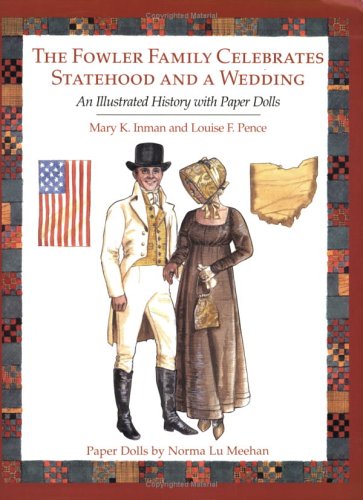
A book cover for The Fowler Family Celebrates Statehood and a Wedding: An Illustrated History with Paper Dolls; Mary K. Inman; Crafts, Hobbies & Home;